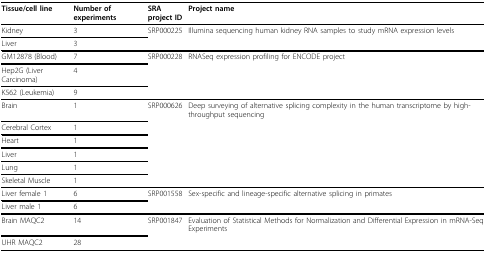
<table><thead><tr><td><b>Tissue/cell line</b></td><td><b>Number of experiments</b></td><td><b>SRAproject ID</b></td><td><b>Project name</b></td></tr></thead><tbody><tr><td>Kidney</td><td>3</td><td>SRP000225</td><td>Illumina sequencing human kidney RNA samples to study mRNA expression levels</td></tr><tr><td>Liver</td><td>3</td><td></td><td></td></tr><tr><td>GM12878 (Blood)</td><td>7</td><td>SRP000228</td><td>RNASeq expression profiling for ENCODE project</td></tr><tr><td>Hep2G (Liver Carcinoma)</td><td>4</td><td></td><td></td></tr><tr><td>K562 (Leukemia)</td><td>9</td><td></td><td></td></tr><tr><td>Brain</td><td>1</td><td>SRP000626</td><td>Deep surveying of alternative splicing complexity in the human transcriptome by high-throughput sequencing</td></tr><tr><td>Cerebral Cortex</td><td>1</td><td></td><td></td></tr><tr><td>Heart</td><td>1</td><td></td><td></td></tr><tr><td>Liver</td><td>1</td><td></td><td></td></tr><tr><td>Lung</td><td>1</td><td></td><td></td></tr><tr><td>Skeletal Muscle</td><td>1</td><td></td><td></td></tr><tr><td>Liver female 1</td><td>6</td><td>SRP001558</td><td>Sex-specific and lineage-specific alternative splicing in primates</td></tr><tr><td>Liver male 1</td><td>6</td><td></td><td></td></tr><tr><td>Brain MAQC2</td><td>14</td><td>SRP001847</td><td>Evaluation of Statistical Methods for Normalization and Differential Expression in mRNA-Seq Experiments</td></tr><tr><td>UHR MAQC2</td><td>28</td><td></td><td></td></tr></tbody></table>